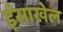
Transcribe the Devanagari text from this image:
ईसाखेल